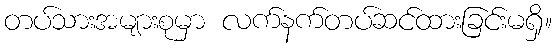
တပ်သားအများစုမှာ လက်နက်တပ်ဆင်ထားခြင်းမရှိ။